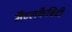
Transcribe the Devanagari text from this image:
मैंटलकैबिटी